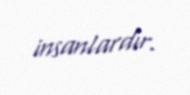
insanlardır.